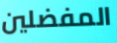
المفضلين